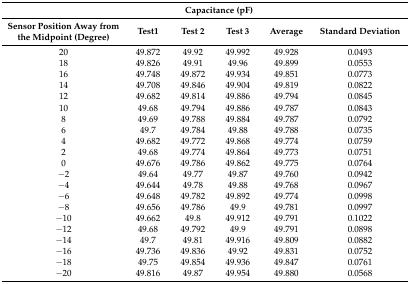
<table><thead><tr><td></td><td colspan="4"><b>Capacitance (pF)</b></td><td></td></tr><tr><td><b>Sensor Position Away from the Midpoint (Degree)</b></td><td><b>Test1</b></td><td><b>Test 2</b></td><td><b>Test 3</b></td><td><b>Average</b></td><td><b>Standard Deviation</b></td></tr></thead><tbody><tr><td>20</td><td>49.872</td><td>49.92</td><td>49.992</td><td>49.928</td><td>0.0493</td></tr><tr><td>18</td><td>49.826</td><td>49.91</td><td>49.96</td><td>49.899</td><td>0.0553</td></tr><tr><td>16</td><td>49.748</td><td>49.872</td><td>49.934</td><td>49.851</td><td>0.0773</td></tr><tr><td>14</td><td>49.708</td><td>49.846</td><td>49.904</td><td>49.819</td><td>0.0822</td></tr><tr><td>12</td><td>49.682</td><td>49.814</td><td>49.886</td><td>49.794</td><td>0.0845</td></tr><tr><td>10</td><td>49.68</td><td>49.794</td><td>49.886</td><td>49.787</td><td>0.0843</td></tr><tr><td>8</td><td>49.69</td><td>49.788</td><td>49.884</td><td>49.787</td><td>0.0792</td></tr><tr><td>6</td><td>49.7</td><td>49.784</td><td>49.88</td><td>49.788</td><td>0.0735</td></tr><tr><td>4</td><td>49.682</td><td>49.772</td><td>49.868</td><td>49.774</td><td>0.0759</td></tr><tr><td>2</td><td>49.68</td><td>49.774</td><td>49.864</td><td>49.773</td><td>0.0751</td></tr><tr><td>0</td><td>49.676</td><td>49.786</td><td>49.862</td><td>49.775</td><td>0.0764</td></tr><tr><td>−2</td><td>49.64</td><td>49.77</td><td>49.87</td><td>49.760</td><td>0.0942</td></tr><tr><td>−4</td><td>49.644</td><td>49.78</td><td>49.88</td><td>49.768</td><td>0.0967</td></tr><tr><td>−6</td><td>49.648</td><td>49.782</td><td>49.892</td><td>49.774</td><td>0.0998</td></tr><tr><td>−8</td><td>49.656</td><td>49.786</td><td>49.9</td><td>49.781</td><td>0.0997</td></tr><tr><td>−10</td><td>49.662</td><td>49.8</td><td>49.912</td><td>49.791</td><td>0.1022</td></tr><tr><td>−12</td><td>49.68</td><td>49.792</td><td>49.9</td><td>49.791</td><td>0.0898</td></tr><tr><td>−14</td><td>49.7</td><td>49.81</td><td>49.916</td><td>49.809</td><td>0.0882</td></tr><tr><td>−16</td><td>49.736</td><td>49.836</td><td>49.92</td><td>49.831</td><td>0.0752</td></tr><tr><td>−18</td><td>49.75</td><td>49.854</td><td>49.936</td><td>49.847</td><td>0.0761</td></tr><tr><td>−20</td><td>49.816</td><td>49.87</td><td>49.954</td><td>49.880</td><td>0.0568</td></tr></tbody></table>